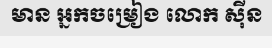
មាន អ្នកចម្រៀង លោក ស៊ីន